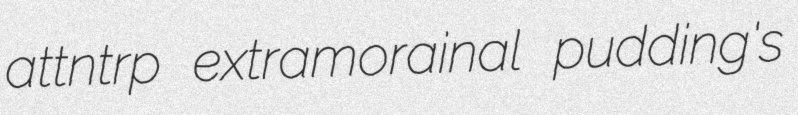
attntrp extramorainal pudding's